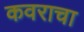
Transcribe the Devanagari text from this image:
कवराचा